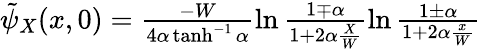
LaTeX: \begin{array}{r}{\tilde{\psi}_{X}(x,0)=\frac{-W}{4\alpha\operatorname{tanh}^{-1}\alpha}\ln\frac{1\mp\alpha}{1+2\alpha\frac{X}{W}}\ln\frac{1\pm\alpha}{1+2\alpha\frac{x}{W}}}\end{array}